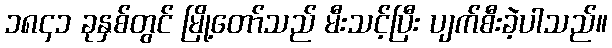
၁၈၄၁ ခုနှစ်တွင် မြို့တော်သည် မီးသင့်ပြီး ပျက်စီးခဲ့ပါသည်။